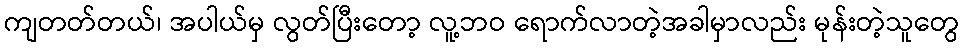
ကျတတ်တယ်၊ အပါယ်မှ လွတ်ပြီးတော့ လူ့ဘဝ ရောက်လာတဲ့အခါမှာလည်း မုန်းတဲ့သူတွေ